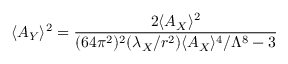
\langle A _ { Y } \rangle ^ { 2 } = { \frac { 2 \langle A _ { X } \rangle ^ { 2 } } { ( 6 4 \pi ^ { 2 } ) ^ { 2 } ( \lambda _ { X } / r ^ { 2 } ) \langle A _ { X } \rangle ^ { 4 } / \Lambda ^ { 8 } - 3 } }